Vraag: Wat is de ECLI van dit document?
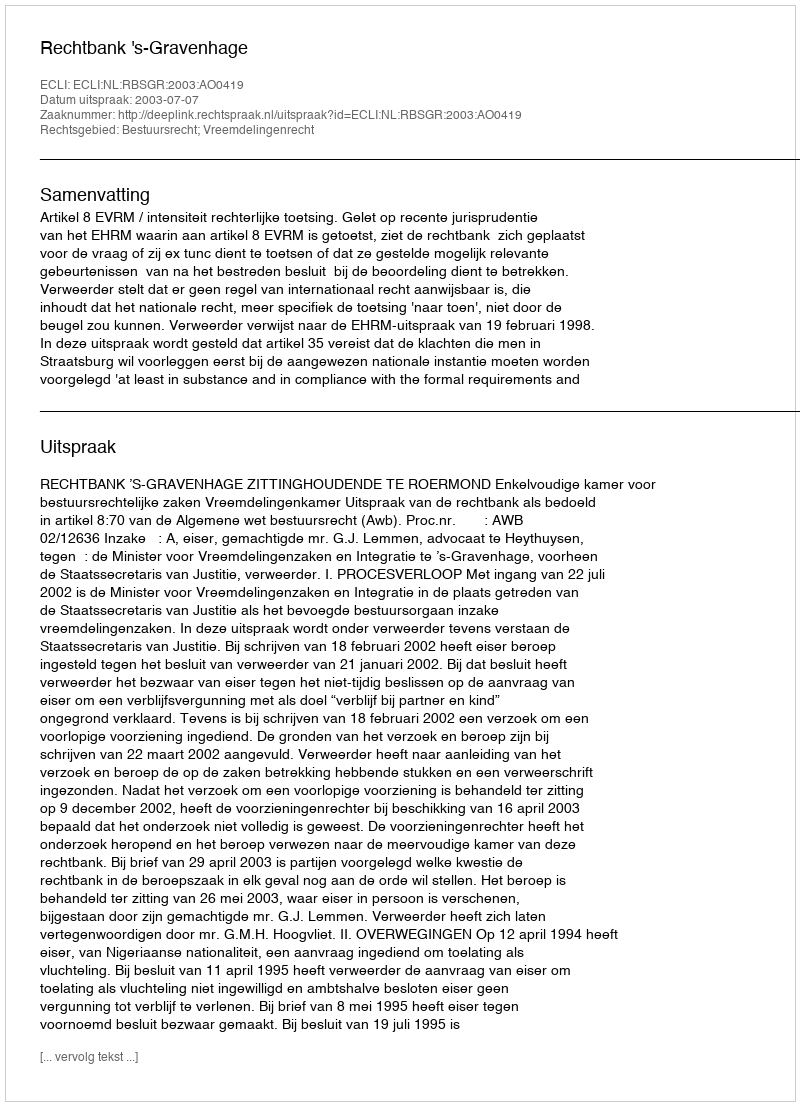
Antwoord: ECLI:NL:RBSGR:2003:AO0419